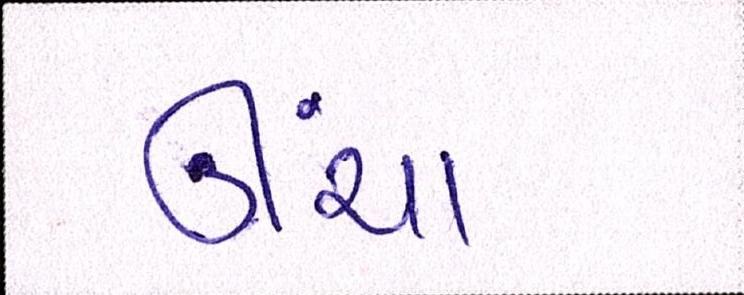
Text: ઊંચા